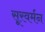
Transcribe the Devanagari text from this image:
सूरवर्मन